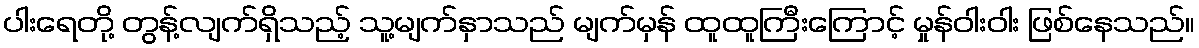
ပါးရေတို့ တွန့်လျက်ရှိသည့် သူ့မျက်နှာသည် မျက်မှန် ထူထူကြီးကြောင့် မှုန်ဝါးဝါး ဖြစ်နေသည်။